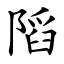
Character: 䧟